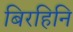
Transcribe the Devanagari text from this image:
बिरहिनि